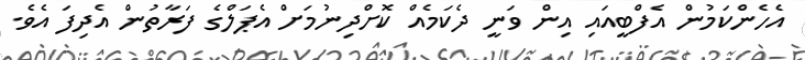
އެހެންކަމުން އެފްބީއައި އިން ވަނީ ދެކަމެއް ކޮށްދިނުމަށް އެޕަލްގެ ފަރާތުން އެދިފަ އެވެ.